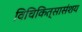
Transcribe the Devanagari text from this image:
विचिकित्सासंशय